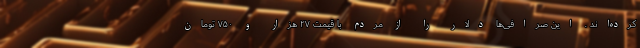
کرده‌اند . این صرافی‌ها دلار را از مردم با قیمت ۲۷ هزار و ۷۵۰ تومان